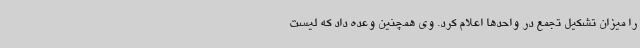
را میزان تشکیل تجمع در واحدها اعلام کرد. وی همچنین وعده داد که لیست